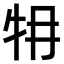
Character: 𤘟